Source: Handwritten
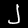
Digit: ၂ (2)